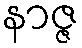
နာဇ္ဇ